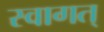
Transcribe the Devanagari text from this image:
स्वागत्